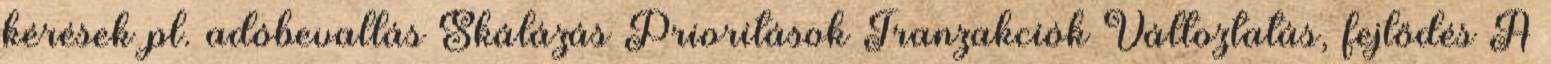
kérések pl. adóbevallás Skálázás Prioritások Tranzakciók Változtatás, fejlődés A